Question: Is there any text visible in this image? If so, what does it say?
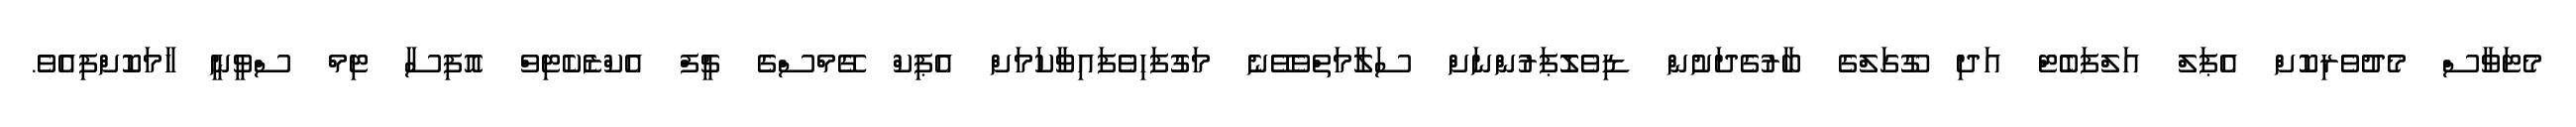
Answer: މެޓަވާސް މެދުވެރިކޮށް އެޕަލް އަލްފަބެޓް އަދި ގޫގަލްގެ ބާރުގެދަށުން ޑިވެލޮޕަރުންނަށް ސަލާމަތްވެވޭނެ މަގުފަހިވެފައިވާކަމަށް އެޕިކް ގޭމްސްގެ ޗީފް އެކްޒެކެޓިވް އޮފިސާ ޓިމް ސްވީނީ ހާމަކޮށްފިއެވެ.